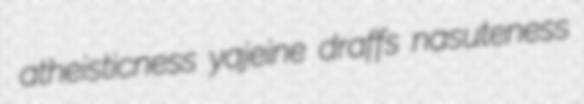
atheisticness yajeine draffs nasuteness